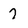
Character: 7